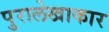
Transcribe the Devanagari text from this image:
पुरालेखाकार